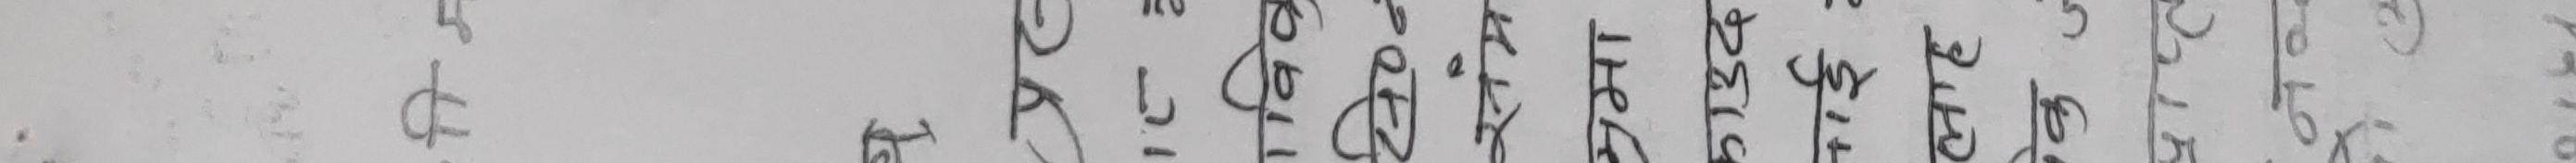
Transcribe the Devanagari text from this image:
दिनेछ्‌।